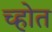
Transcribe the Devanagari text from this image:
च्होत